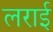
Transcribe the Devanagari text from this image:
लराई